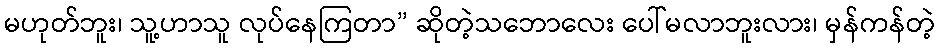
မဟုတ်ဘူး၊ သူ့ဟာသူ လုပ်နေကြတာ” ဆိုတဲ့သဘောလေး ပေါ်မလာဘူးလား၊ မှန်ကန်တဲ့